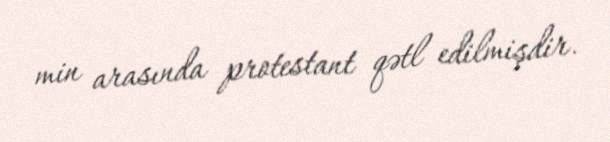
min arasında protestant qətl edilmişdir.